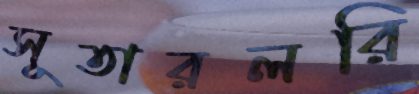
সূতারলরি